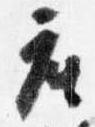
座